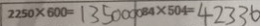
2 2 5 0 \times 6 0 0 = 1 3 5 0 0 0 0 0 8 4 \times 5 0 4 = 4 2 3 3 6